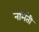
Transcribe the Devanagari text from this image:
नर्मिती